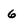
Character: 6